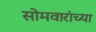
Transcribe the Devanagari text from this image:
सोमवारांच्या